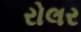
રોલર